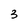
Character: 3